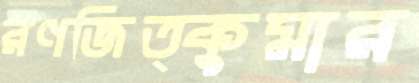
রণজিত্কুমার